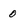
Character: 0